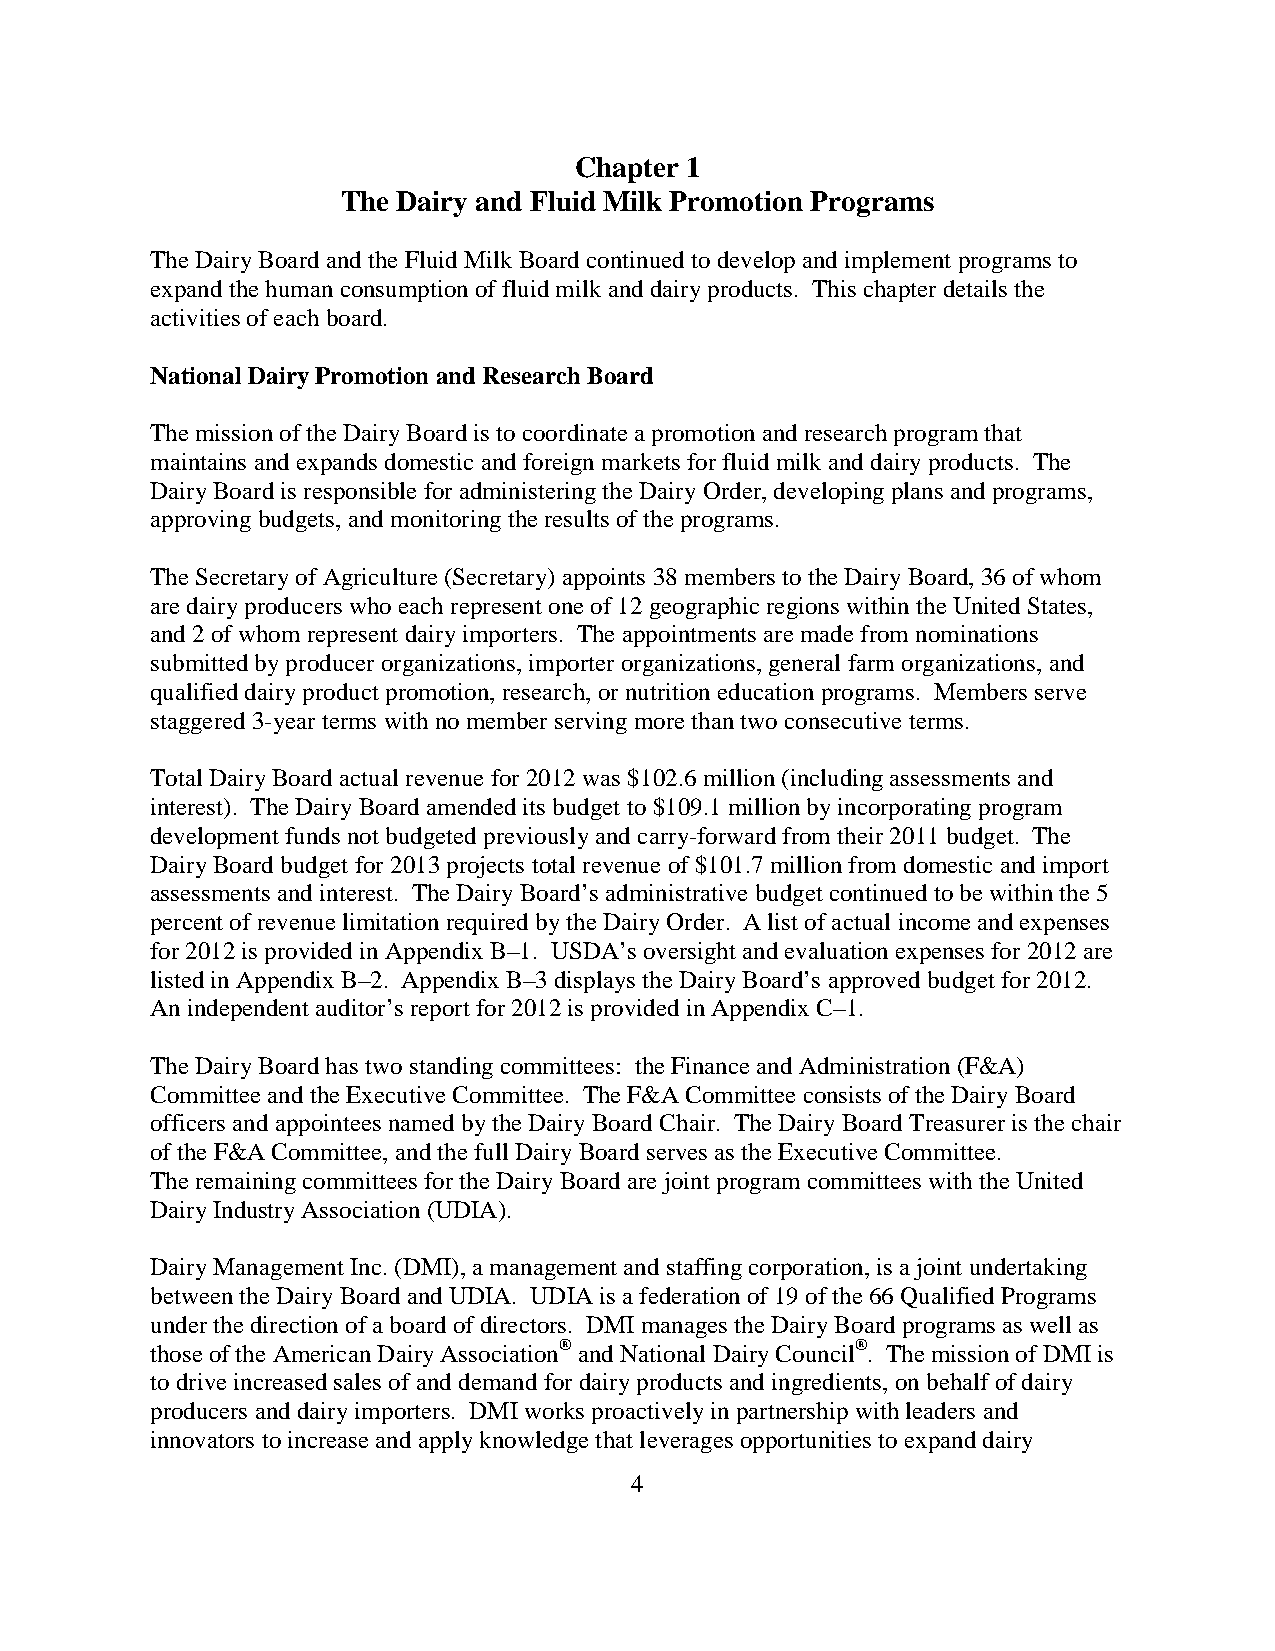
Chapter 1
 The Dairy and Fluid Milk Promotion Programs
 The Dairy Board and the Fluid Milk Board continued to develop and implement programs to
 expand the human consumption of fluid milk and dairy products. This chapter details the
 activities of each board.
 National Dairy Promotion and Research Board
 The mission of the Dairy Board is to coordinate a promotion and research program that
 maintains and expands domestic and foreign markets for fluid milk and dairy products. The
 Dairy Board is responsible for administering the Dairy Order, developing plans and programs,
 approving budgets, and monitoring the results of the programs.
 The Secretary of Agriculture (Secretary) appoints 38 members to the Dairy Board, 36 of whom
 are dairy producers who each represent one of 12 geographic regions within the United States,
 and 2 of whom represent dairy importers. The appointments are made from nominations
 submitted by producer organizations, importer organizations, general farm organizations, and
 qualified dairy product promotion, research, or nutrition education programs. Members serve
 staggered 3-year terms with no member serving more than two consecutive terms.
 Total Dairy Board actual revenue for 2012 was $102.6 million (including assessments and
 interest). The Dairy Board amended its budget to $109.1 million by incorporating program
 development funds not budgeted previously and carry-forward from their 2011 budget. The
 Dairy Board budget for 2013 projects total revenue of $101.7 million from domestic and import
 assessments and interest. The Dairy Board’s administrative budget continued to be within the 5
 percent of revenue limitation required by the Dairy Order. A list of actual income and expenses
 for 2012 is provided in Appendix B–1. USDA’s oversight and evaluation expenses for 2012 are
 listed in Appendix B–2. Appendix B–3 displays the Dairy Board’s approved budget for 2012.
 An independent auditor’s report for 2012 is provided in Appendix C–1.
 The Dairy Board has two standing committees: the Finance and Administration (F&A)
 Committee and the Executive Committee. The F&A Committee consists of the Dairy Board
 officers and appointees named by the Dairy Board Chair. The Dairy Board Treasurer is the chair
 of the F&A Committee, and the full Dairy Board serves as the Executive Committee.
 The remaining committees for the Dairy Board are joint program committees with the United
 Dairy Industry Association (UDIA).
 Dairy Management Inc. (DMI), a management and staffing corporation, is a joint undertaking
 between the Dairy Board and UDIA. UDIA is a federation of 19 of the 66 Qualified Programs
 under the direction of a board of directors. DMI manages the Dairy Board programs as well as
 those of the American Dairy Association® and National Dairy Council®. The mission of DMI is
 to drive increased sales of and demand for dairy products and ingredients, on behalf of dairy
 producers and dairy importers. DMI works proactively in partnership with leaders and
 innovators to increase and apply knowledge that leverages opportunities to expand dairy
 4